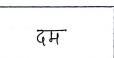
मजकूर: दम